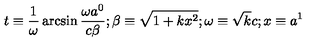
t \equiv \frac { 1 } { \omega } \arcsin \frac { \omega a ^ { 0 } } { c \beta } ; \beta \equiv \sqrt { 1 + k x ^ { 2 } } ; \omega \equiv \sqrt { k } c ; x \equiv a ^ { 1 }